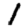
Digit: 1